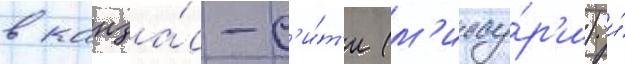
в канза́с-с'и́т'и (м'иссу́р'и) и́